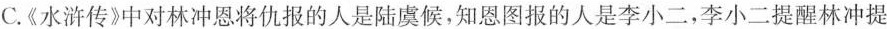
C.《水浒传》中对林冲恩将仇报的人是陆虞候，知恩图报的人是李小二，李小二提醒林冲提